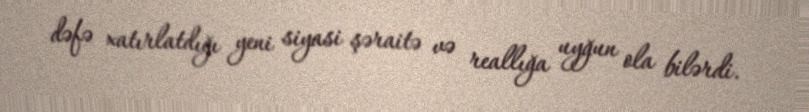
dəfə xatırlatdığı yeni siyasi şəraitə və reallığa uyğun ola bilərdi.